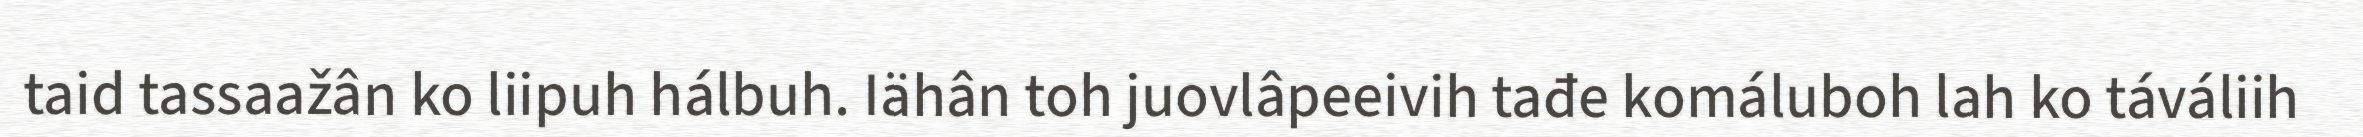
taid tassaažân ko liipuh hálbuh. Iähân toh juovlâpeeivih tađe komáluboh lah ko táváliih